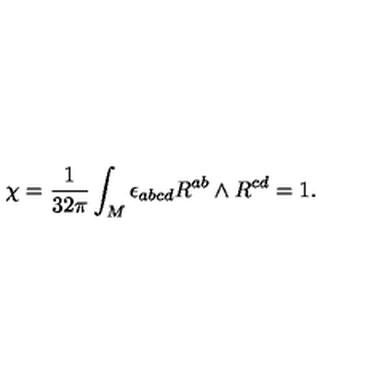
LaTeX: \chi = \frac { 1 } { 3 2 \pi } \int _ { M } \epsilon _ { a b c d } R ^ { a b } \land R ^ { c d } = 1 .